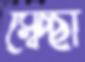
স্বেচ্ছা